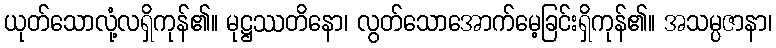
ယုတ်သောလုံ့လရှိကုန်၏။ မုဋ္ဌဿတိနော၊ လွတ်သောအောက်မေ့ခြင်းရှိကုန်၏။ အသမ္ပဇာနာ၊